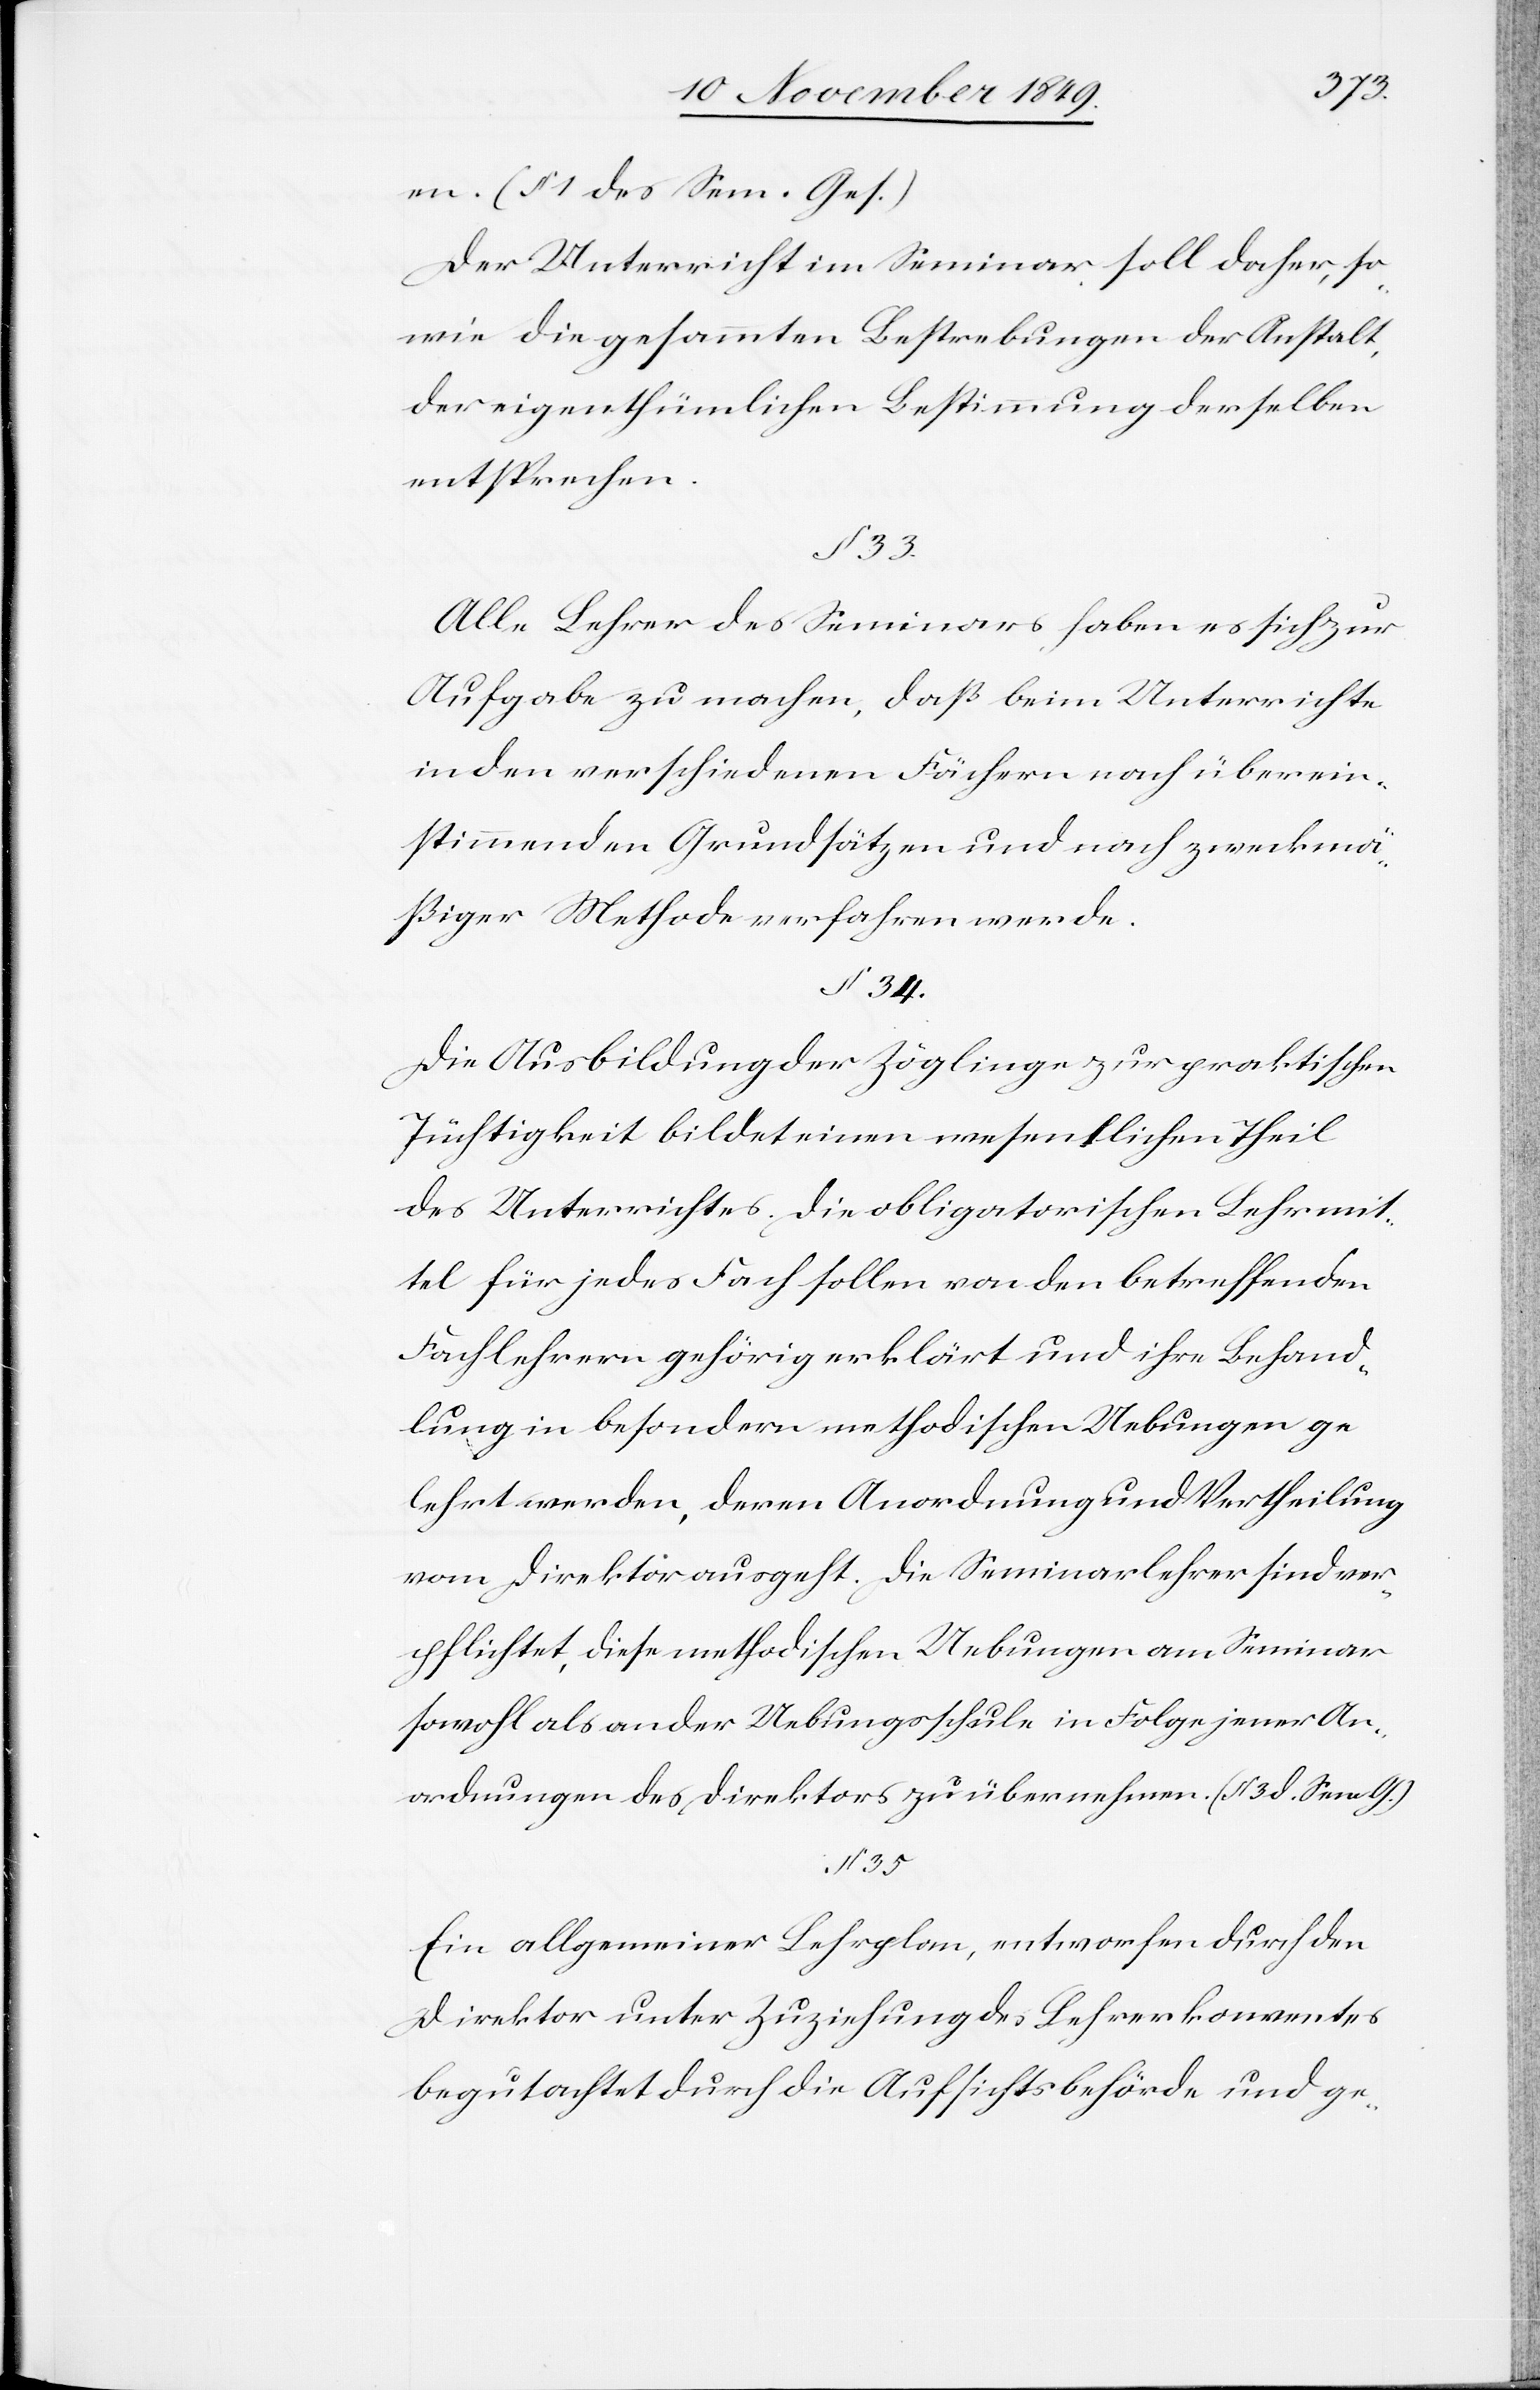
35.
en. (§ 1 des Sem. Ges.)
Der Unterricht im Seminar soll daher, so¬
wie die gesammten Bestrebungen der Anstalt,
der eigenthümlichen Bestimmung derselben
entsprechen.
§ 33.
Alle Lehrer des Seminars haben es sich zur
Aufgabe zu machen, daß beim Unterrichte
in den verschiedenen Fächern nach überein¬
stimmenden Grundsätzen und nach zweckmä¬
ßiger Methode verfahren werde.
§ 34.
Die Ausbildung der Zöglinge zur praktischen
Tüchtigkeit bildet einen wesentlichen Theil
des Unterrichtes. Die obligatorischen Lehrmit¬
tel für jedes Fach sollen von den betreffenden
Fachlehrern gehörig erklärt und ihre Behand¬
lung in besondern methodischen Uebungen ge¬
lehrt werden, deren Anordnung und Vertheilung
vom Direktor ausgeht. Die Seminarlehrer sind ver¬
pflichtet, diese methodischen Uebungen am Seminar
sowohl als an der Uebungsschule in Folge jener An¬
ordnungen des Direktors zu übernehmen. (§ 3 d. Sem. G.)
Ein allgemeiner Lehrplan, entworfen durch den
Direktor unter Zuziehung des Lehrerkonventes
begutachtet durch die Aufsichtsbehörde und ge-